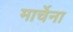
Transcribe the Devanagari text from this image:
मार्चेना